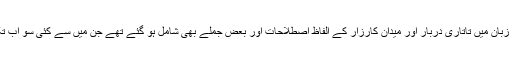
البتہ اب اس زبان میں تاتاری دربار اور میدان کارزار کے الفاظ اصطلاحات اور بعض جملے بھی شامل ہو گئے تھے جن میں سے کئی سو اب تک زندہ ہیں۔